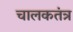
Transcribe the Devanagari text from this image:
चालकतंत्र